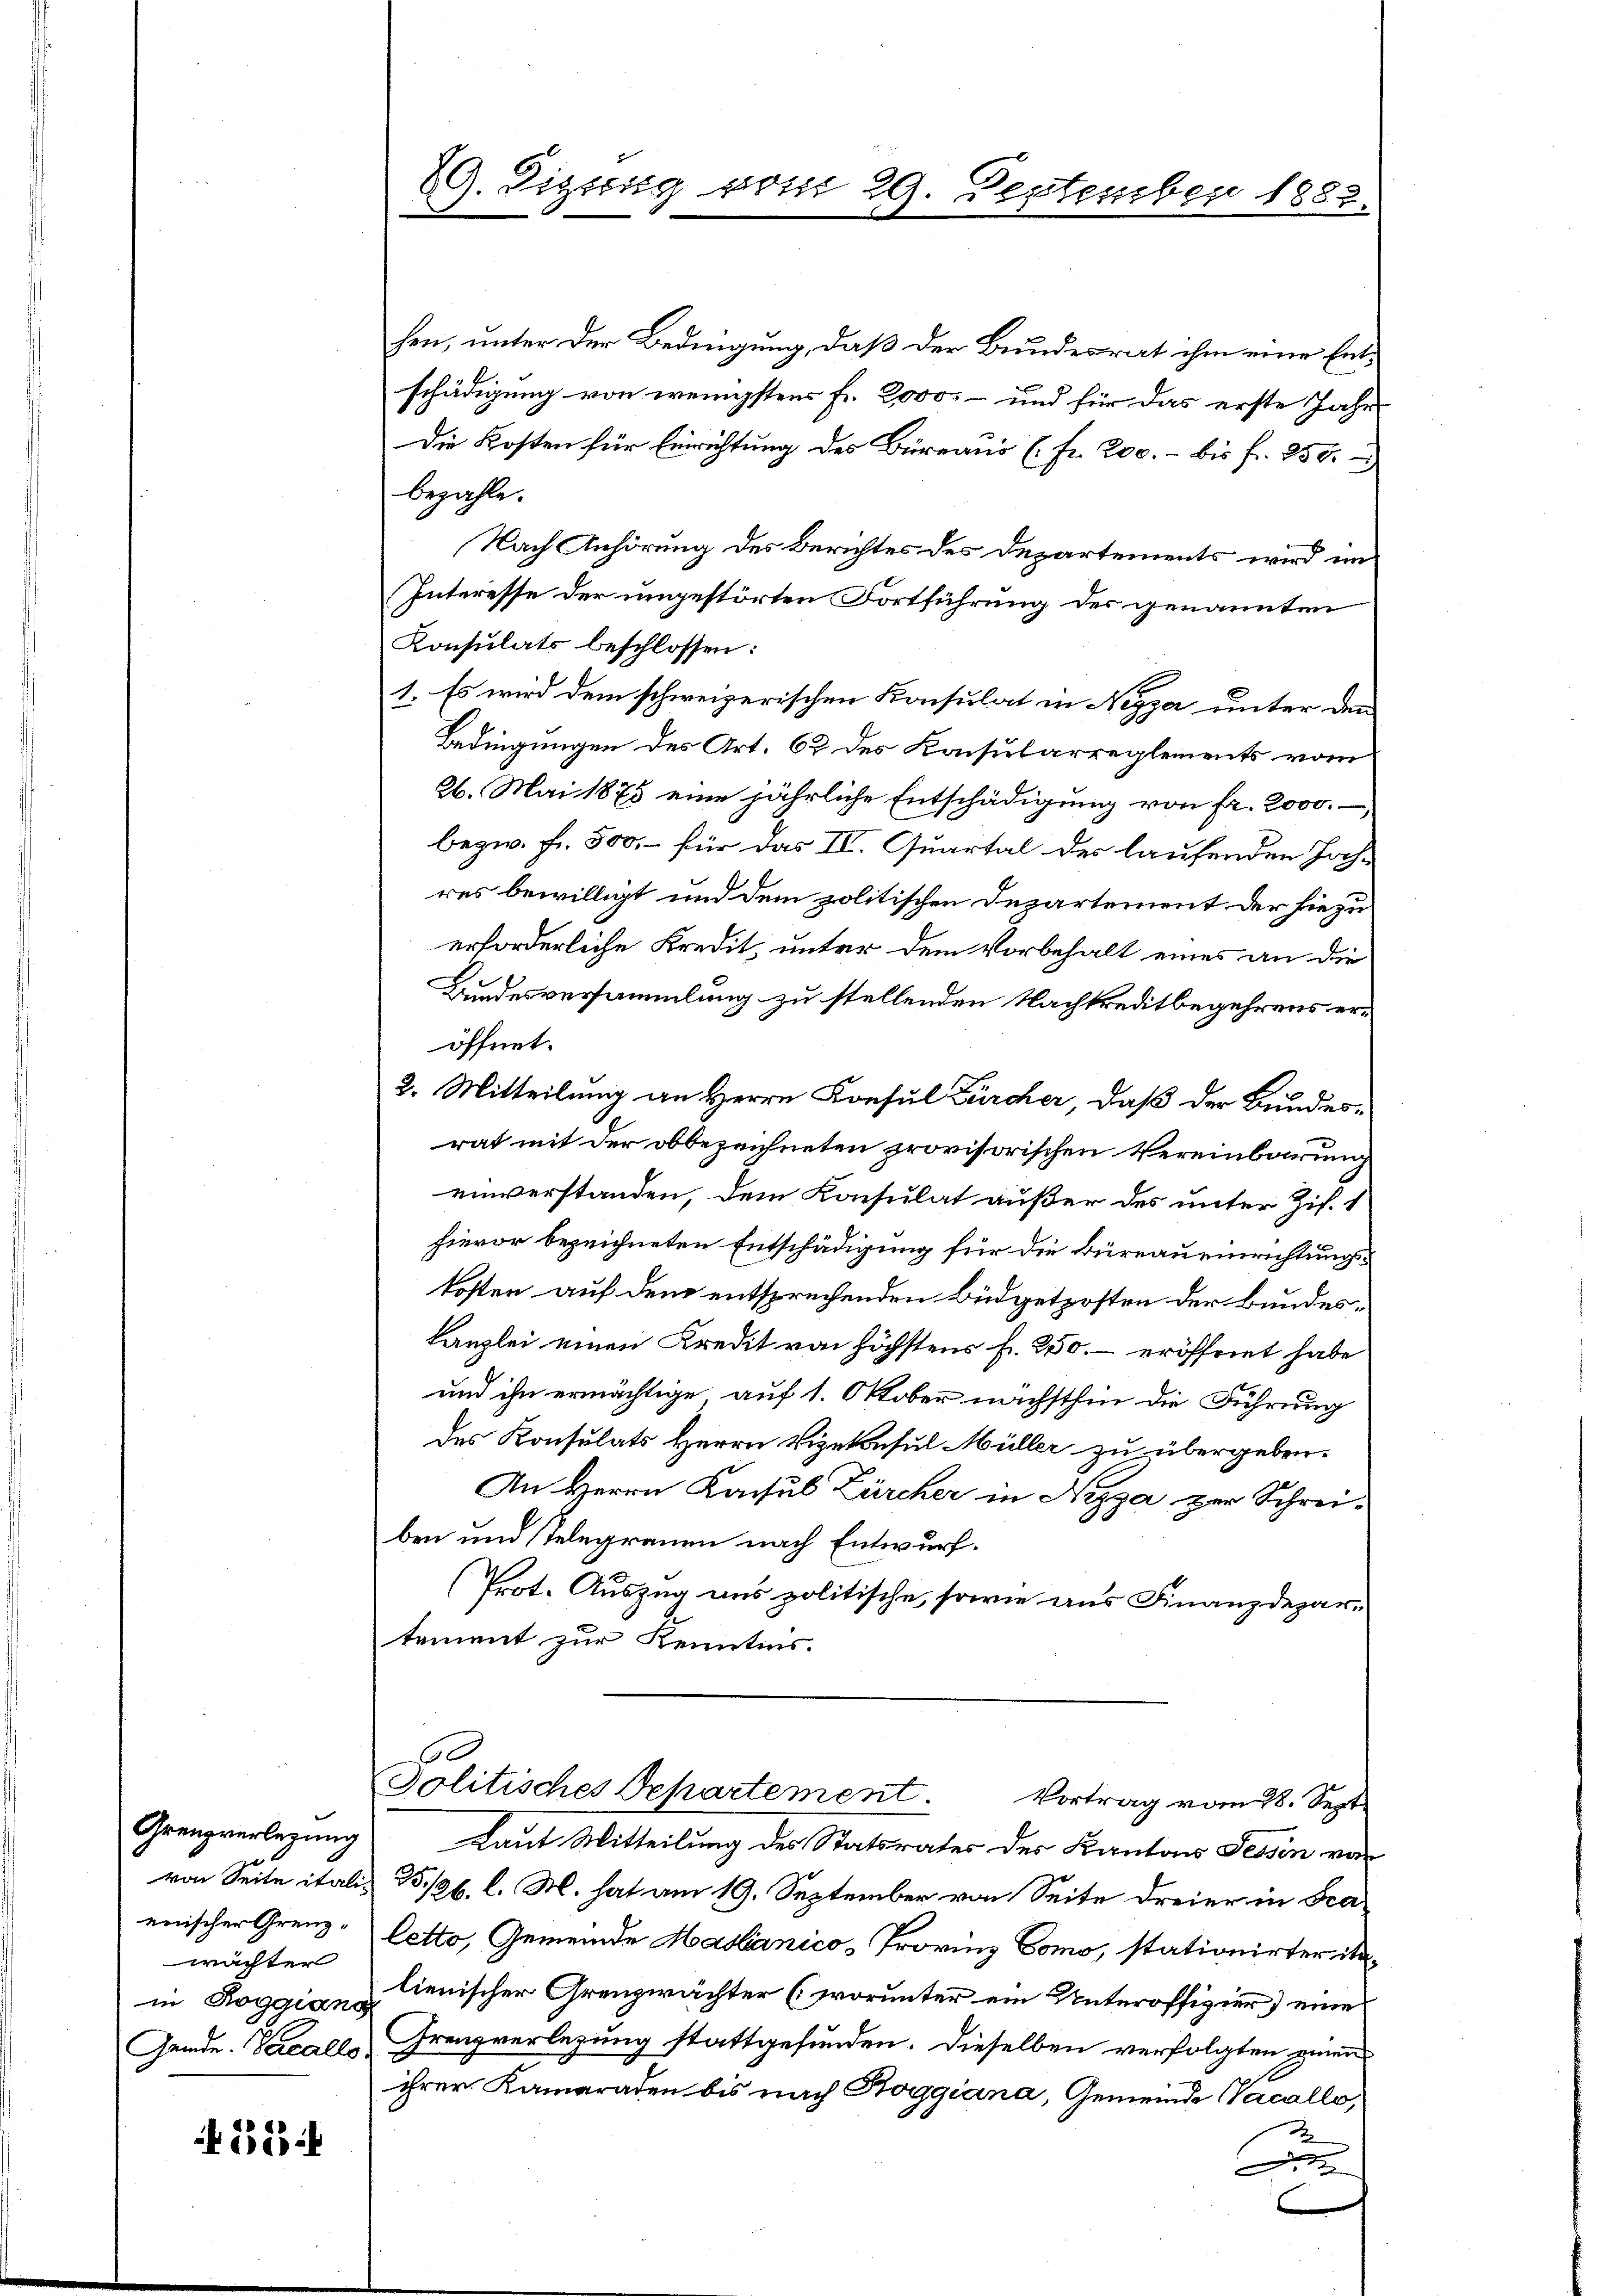
enischer Grenzwächter

153

G. Digung vom 29. September 1883.

hen, unter der Bedingung, daß der Bundesrat ihm eine Entschädigung von wenigstens Fr. 2000. – und für das erste Jahr
Die Kosten für Einrichtung des Büreaus (fr. 200. - bis fr. 250.
bezahle.
Nach Anhörung des Berichtes des Departements wird im
Interesse der ungestörten Fortführung der genannten
Konsulats beschlossen:
1. Es wird dem schweizerischen Konsulat in Nizza unter den
Bedingungen des Art. 62 des Konsularreglements vom
26. Mai 1875 eine jährliche Entschädigung von fr. 2000.
bezw. fr. 500, – für das IV. Quartal des laufenden Hochres bewilligt und dem politischen Departement der hiezu
erforderliche Kredit, unter dem Vorbehalt eines an die
Bundesversammlung zu stellenden Nachkreditbegehrens eröffnet.
2. Mitteilung an Herrn Konsul Zürcher, daß der Bundes-
rat mit der obbezeichneten provisorischen Vereinbarung
einverstanden, dem Konsulat außer des unter Zif. 1
hievor bezeichneten Entschädigung für die Büreau einrichtungs
kosten auf dem entsprechenden Büdgetzosten der Bundes¬
Kanzlei einen Kredit von höchstens fr. 250. – eröffnet habe
und ihn ermächtige auf 1. Oktober nächsthin die Führung
des Konsulats Herrn Vizekonsul Müller zu übergeben.
An Herrn Konsul Zürcher in Nizza zur Schreiben und Telegrauen nach Entwurf.
(Prot. Auszug aus politische, sowie aus Finanzdepari
tement zur Kenntnis.

Grenzverlegung Laut Mitteilung des Statsrates des Kantons Tessin vor
von Seite italis B /26. l. M. hat am 19. September von Seite dreier in Fraletto, Gemeinde Masbánico - Provinz Como, stationirter itain Roggion & lienischer Grenzwächter (worunter ein Unteroffizier) eine
Gemde. Vacalls Franzverlegung stattgefunden. Dieselben verfolgten einen
ihrer Kameraden bis nach Roggiana, Gemeinde Vacallo,
1
A

Politisches Departement. Vortrag vom 28. Sept.